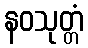
နဝသုတ္တံ